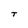
Character: t